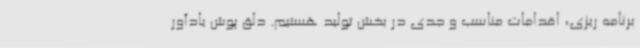
برنامه ریزی، اقدامات مناسب و جدی در بخش تولید هستیم. دلق پوش یادآور